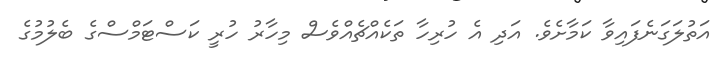
އަތުލަގަނެފައިވާ ކަމާށެވެ. އަދި އެ ހުރިހާ ތަކެއްޗެއްވެސް މިހާރު ހުރީ ކަސްޓަމްސްގެ ބެލުމުގެ